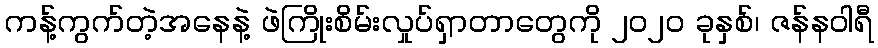
ကန့်ကွက်တဲ့အနေနဲ့ ဖဲကြိုးစိမ်းလှုပ်ရှာတာတွေကို ၂၀၂၀ ခုနှစ်၊ ဇန်နဝါရီ